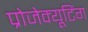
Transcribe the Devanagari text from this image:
प्रोजेक्यूटिंग